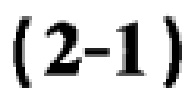
$(2 - 1)$